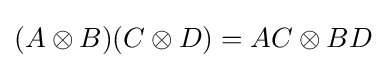
(A\otimes B)(C\otimes D)=AC\otimes BD